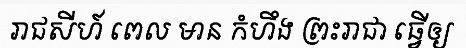
រាជសីហ៍ ពេល មាន កំហឹង ព្រះរាជា ធ្វើឲ្យ